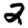
Digit: 2